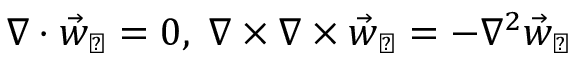
\nabla \cdot \vec { w } _ { \perp } = 0 , \; \nabla \times \nabla \times \vec { w } _ { \perp } = - \nabla ^ { 2 } \vec { w } _ { \perp }